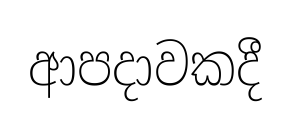
ආපදාවකදී